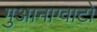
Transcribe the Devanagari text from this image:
गुआनाग्वाटो